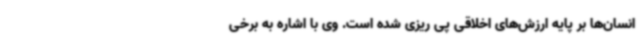
انسان‌ها بر پایه ارزش‌های اخلاقی پی ریزی شده است. وی با اشاره به برخی